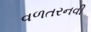
વળતરનવી